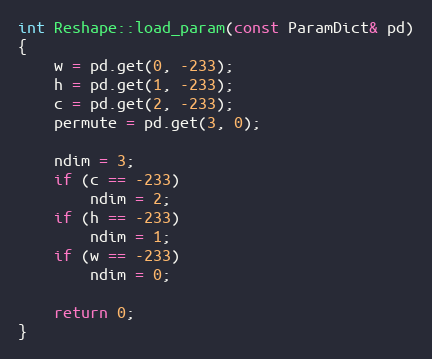
Language: C++
int Reshape::load_param(const ParamDict& pd)
{
    w = pd.get(0, -233);
    h = pd.get(1, -233);
    c = pd.get(2, -233);
    permute = pd.get(3, 0);

    ndim = 3;
    if (c == -233)
        ndim = 2;
    if (h == -233)
        ndim = 1;
    if (w == -233)
        ndim = 0;

    return 0;
}